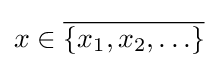
x\in {\overline {\left\{x_{1},x_{2},\ldots \right\}}}